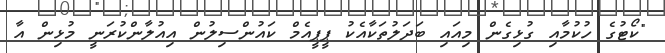
"ކޯޓުގެ ހުކުމާއި ގުޅިގެން މިއައި ބަދަލުތަކާއެކު ޕީޕީއެމް ކައުންސިލުން އިއުލާންކުރަނީ މުޅިން އާ